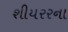
શીયરરના